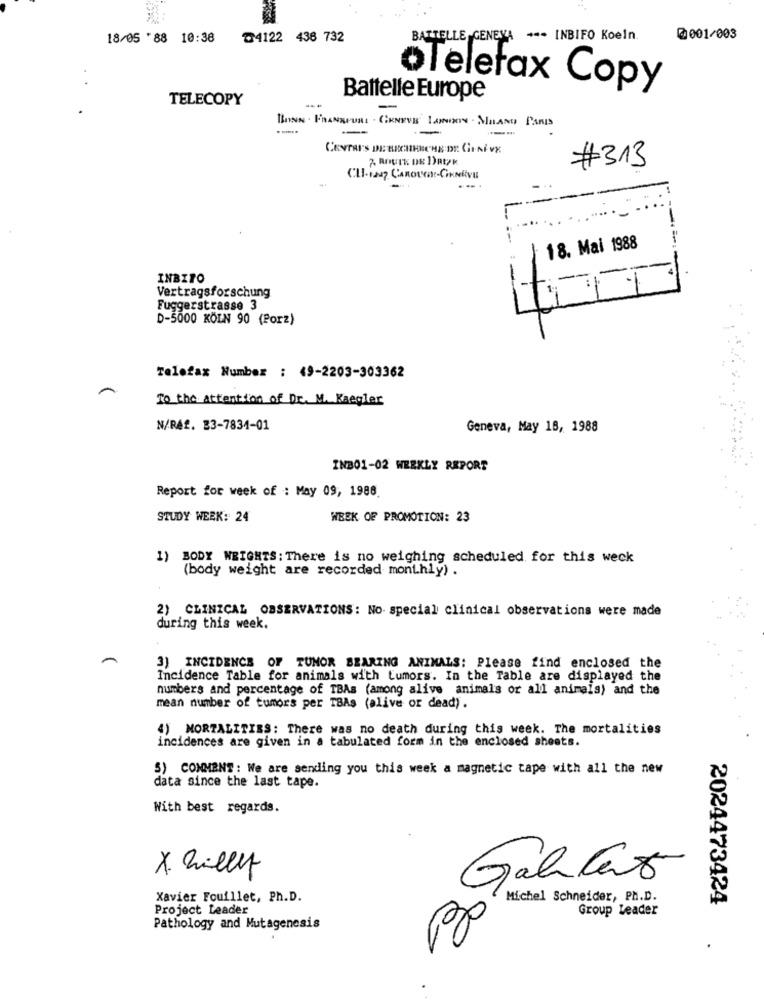
18/05 '88 10:38
₾4122 438 732
BATTELLE GENEVA + -- INBIFO Koeln.
@001/003
oTelefax Copy
TELECOPY
Battelle Europe
BONNE . FRANKFURT . GENEVE LANIRON - MILANO PARIS
---
-
CENTRES DE ERCHERCHE DE GENEVE
#313
18. Mai 1988
INBITO
--
Vertragsforschung
Fuggerstrasse 3
D-5000 KÖLN 90 (Porz)
Telefax Number : 49-2203-303362
To the Attention of Dr. M. Kaegler
N/Réf. 33-7834-01
Geneva, May 18, 1988
INB01-02 WEEKLY REPORT
Report for week of : May 09, 1988.
STUDY WEEK: 24
WEEK OF PROMOTION: 23
1) BODY WEIGHTS: There is no weighing scheduled for this weck
(body weight are recorded monthly) .
2) CLINICAL OBSERVATIONS: No special clinical observations were made
during this week.
3) INCIDENCE OF TUMOR BEARING ANIMALS: Please find enclosed the
Incidence Table for animals with tumors. In the Table are displayed the
numbers and percentage of TBAs (among alive animals or all animals) and the
mean number of tumors per TBAs (alive or dead).
4) MORTALITIES: There was no death during this week. The mortalities
incidences are given in a tabulated form in the enclosed sheets.
5) COMMENT: We are sending you this week a magnetic tape with all the new
data since the last tape.
With best regards.
x Zillet
Gallant
Xavier Fouillet, Ph.D.
Michel Schneider, PH.D.
2024473424
Project Leader
Group Leader
Pathology and Mutagenesis